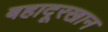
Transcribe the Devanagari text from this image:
बहादूरखान